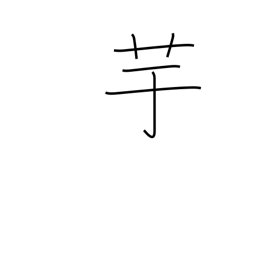
Meaning: potato